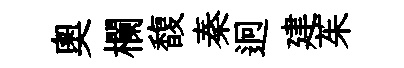
奧欄馥秦迥建茱